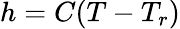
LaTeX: h=C(T-T_{r})